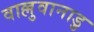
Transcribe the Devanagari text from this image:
वाल्लुवानाडु